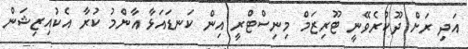
އަދި ރަށް ދޫކުރެވޭނީ ޓޫރިޒަމް މިނިސްޓްރީ އިން ކަނޑައަޅާ އާންމު ކުރާ އެކުއިޒިޝަން